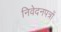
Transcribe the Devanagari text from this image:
निवेदनपत्रों